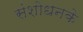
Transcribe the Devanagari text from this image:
संशोधनके